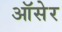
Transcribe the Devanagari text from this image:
ऑसेर